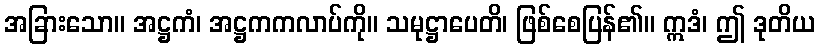
အခြားသော။ အဋ္ဌကံ၊ အဋ္ဌကကလာပ်ကို။ သမုဋ္ဌာပေတိ၊ ဖြစ်စေပြန်၏။ ဣဒံ၊ ဤ ဒုတိယ